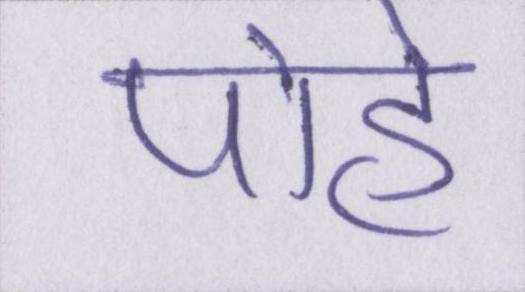
पोहे